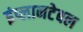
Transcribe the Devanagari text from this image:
इंप्लानटेबल